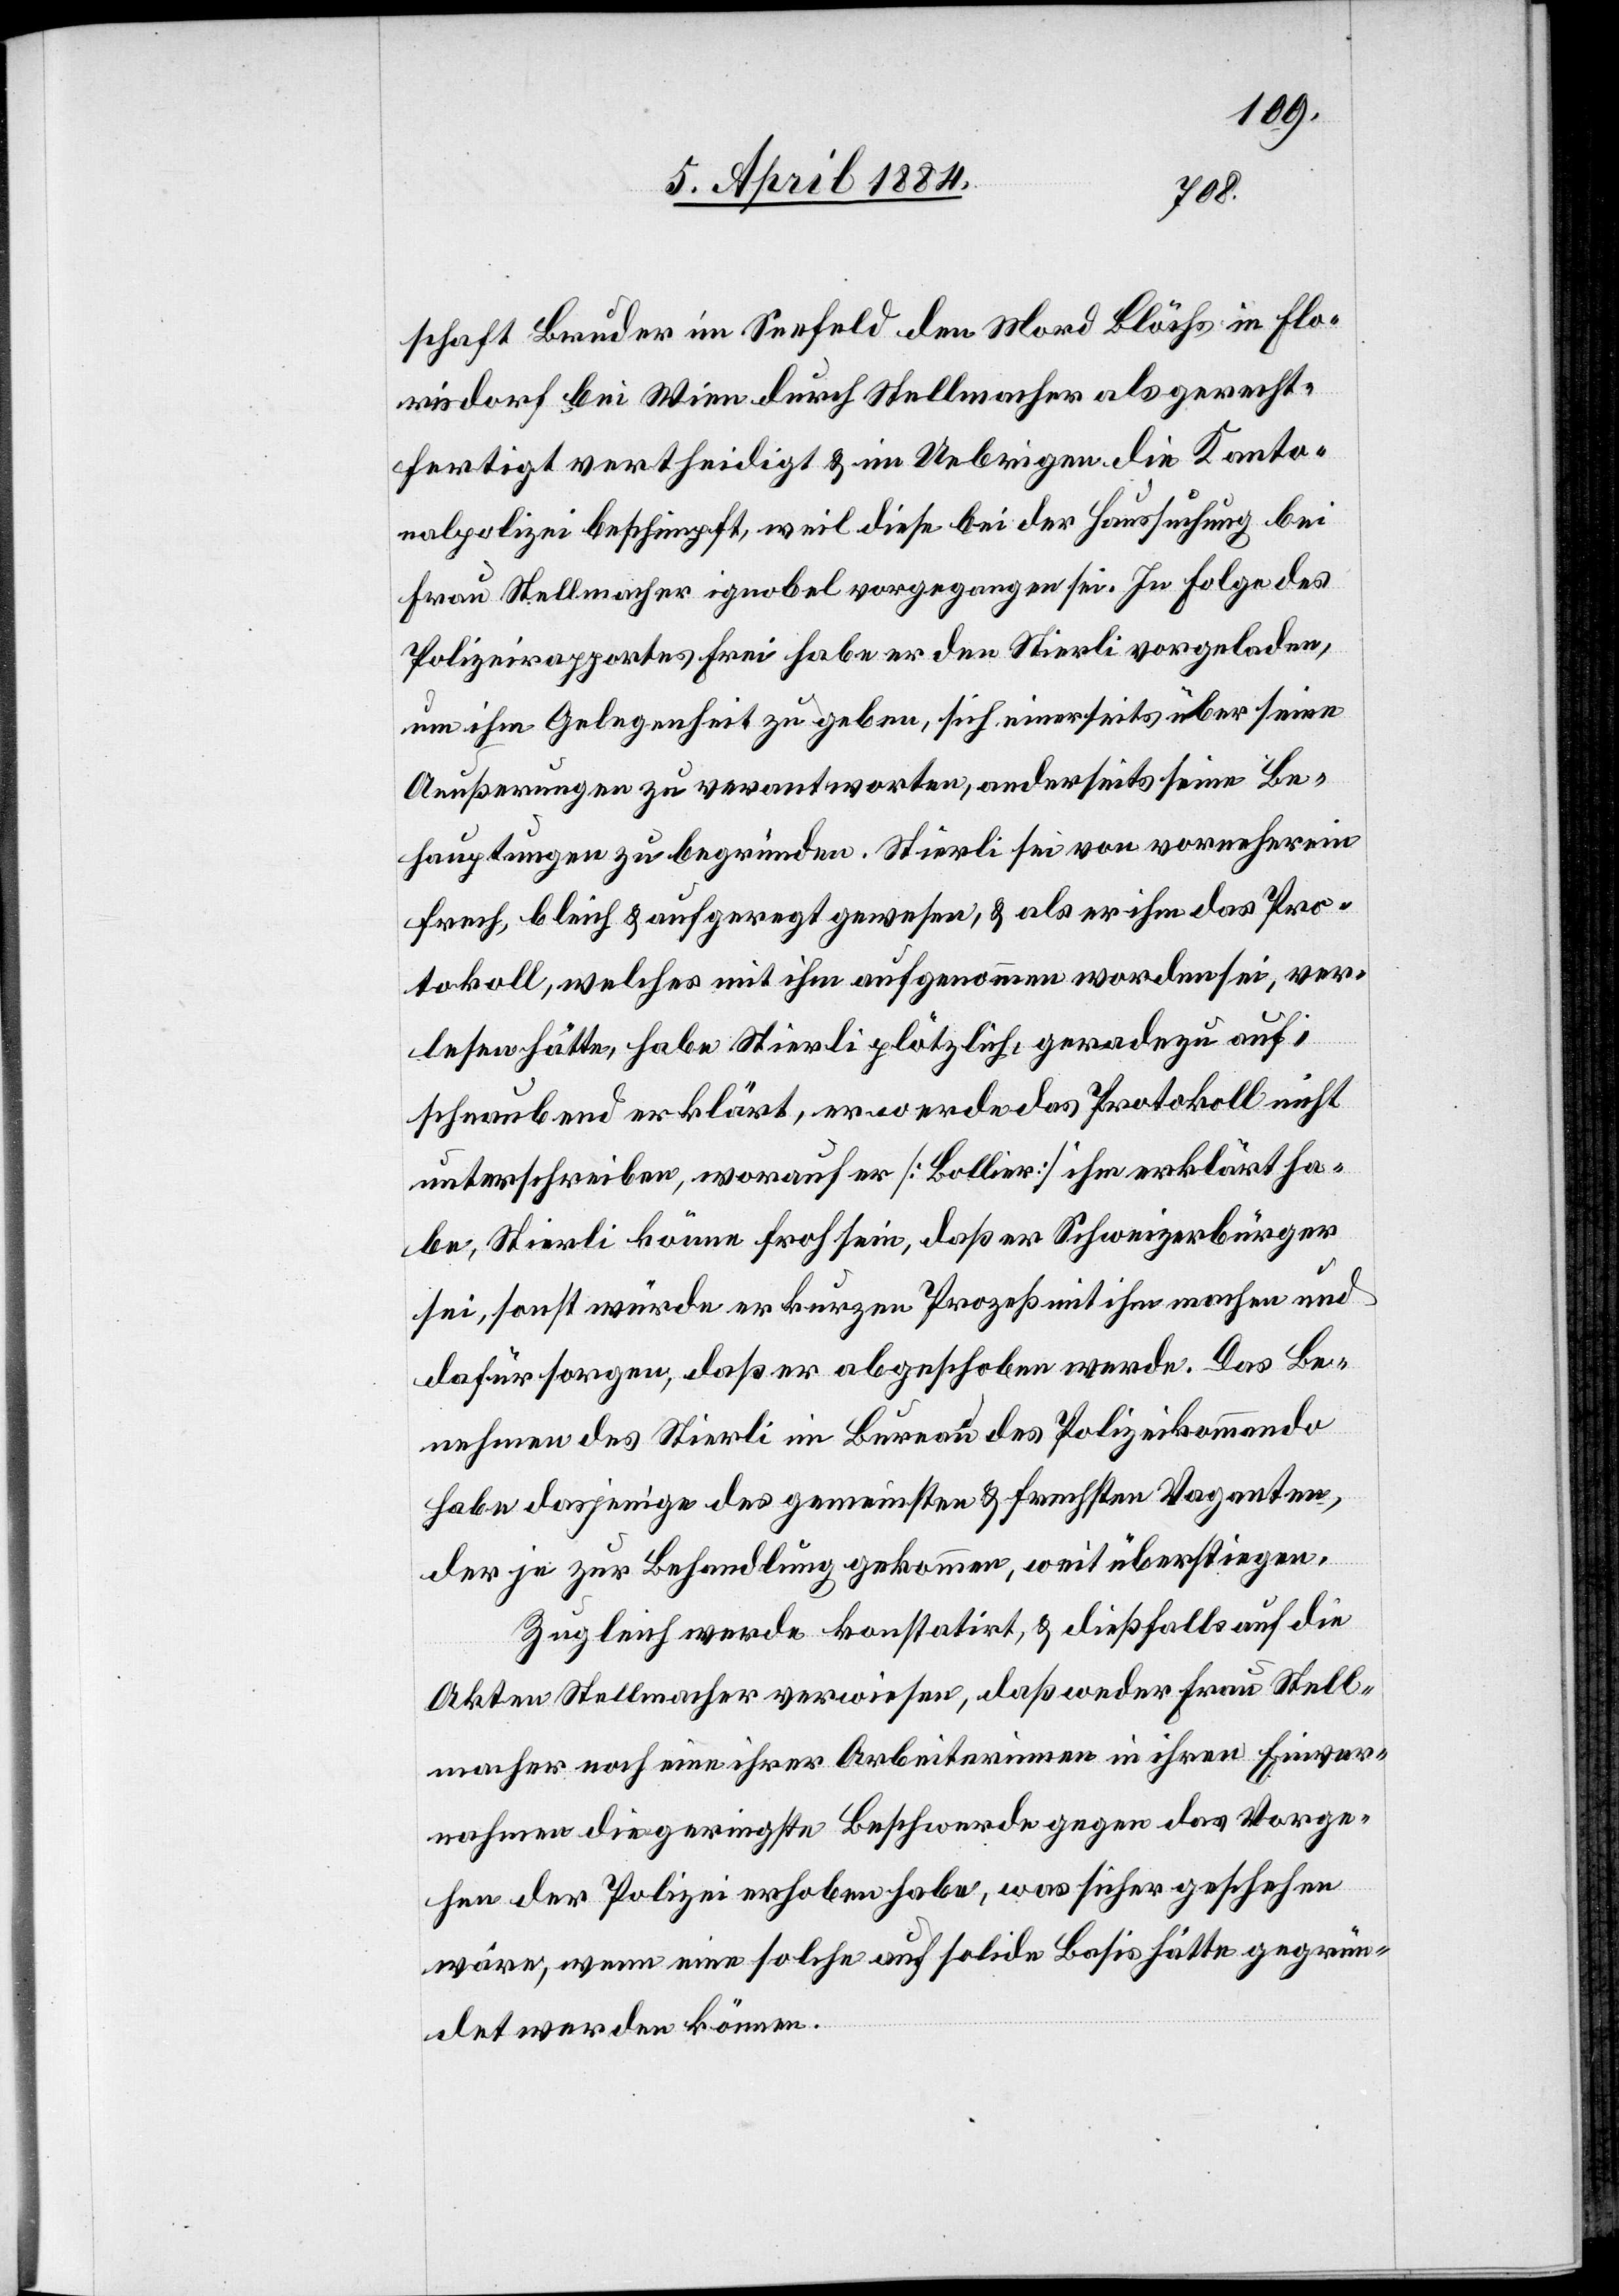
schaft Bruder im Seefeld den Mord Blöchs in Flo¬
risdorf bei Wien durch Stellmacher als gerecht¬
fertigt vertheidigt & im Uebrigen die Kanto¬
nalpolizei beschimpft, weil diese bei der Haussuchung bei
Frau Stellmacher ignobel vorgegangen sei. In Folge des
Polizeirapportes Frei habe er den Stierli vorgeladen,
um ihm Gelegenheit zu geben, sich einerseits über seine
Aueßerungen zu verantworten, anderseits seine Be¬
hauptungen zu begründen. Stierli sei von vorneherein
frech, bleich & aufgeregt gewesen, & als er ihm das Pro¬
tokoll, welches mit ihm aufgenommen worden sei, ver¬
lesen hätte, habe Stierli plötzlich, geradezu auf¬
schnaubend erklärt, er werde das Protokoll nicht
unterschreiben, worauf er [Bollier] ihm erklärt ha¬
be, Stierli könne froh sein, daß er Schweizerbürger
sei, sonst würde er kurzen Prozeß mit ihm machen und
dafür sorgen, daß er abgeschoben werde. Das Be¬
nehmen des Stierli im Bureau des Polizeikommando
habe dasjenige des gemeinsten & frechsten Vaganten,
der je zur Behandlung gekommen, weit überstiegen.
Zugleich werde konstatirt, & dießfalls auf die
Akten Stellmacher verwiesen, daß weder Frau Stell¬
macher noch eine ihrer Arbeiterinnen in ihren Einver¬
nahmen die geringste Beschwerde gegen das Vorge¬
hen der Polizei erhoben habe, was sicher geschehen
wäre, wenn eine solche auf solide Basis hätte gegrün¬
det werden können.